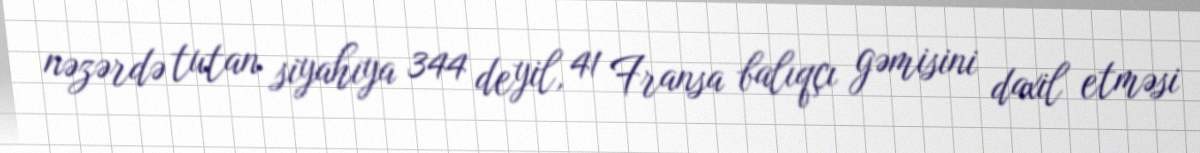
nəzərdə tutan siyahıya 344 deyil, 41 Fransa balıqçı gəmisini daxil etməsi